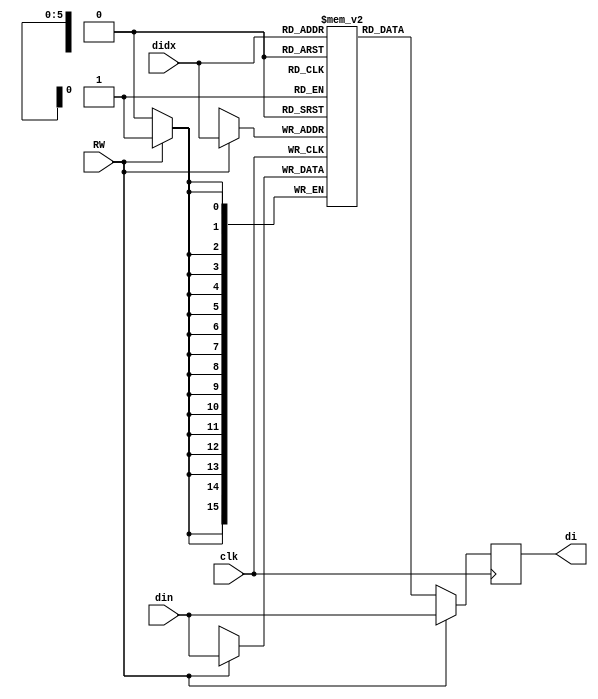
module dbuf(
	input wire clk, 
	input wire [15:0] din, //input
	input wire [5:0] didx, //address
	input wire RW,
	output reg [15:0] di
);
	reg [15:0] mem [0:63];

	// dbuf
	always @(posedge clk) begin 
		if(RW) 
			mem[didx] <= din; 
		
		di <= RW ? din:mem[didx];
	end

endmodule